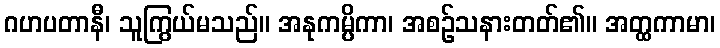
ဂဟပတာနီ၊ သူကြွယ်မသည်။ အနုကမ္ပိကာ၊ အစဉ်သနားတတ်၏။ အတ္ထကာမာ၊